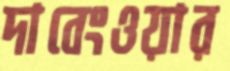
দাবেংওয়ার